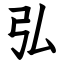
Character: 弘